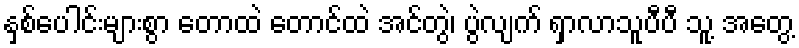
နှစ်ပေါင်းများစွာ တောထဲ တောင်ထဲ အင်တွဲ၊ ပွဲလျက် ရှာလာသူပီပီ သူ့ အတွေ့